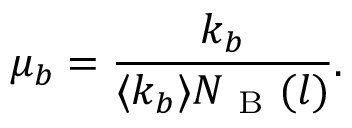
\mu _ { b } = \frac { k _ { b } } { \langle k _ { b } \rangle N _ { \mathrm { ~ B ~ } } ( l ) } .